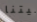
بيتنا